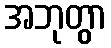
အဘုတွာ